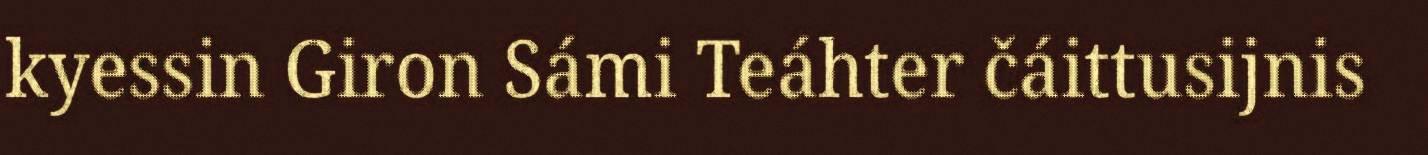
kyessin Giron Sámi Teáhter čáittusijnis